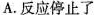
A.反应停止了